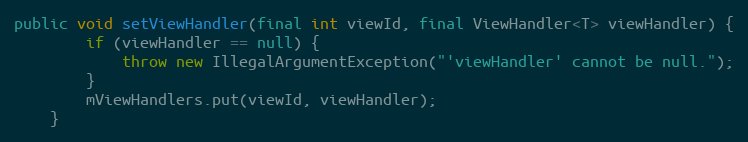
Language: Java
public void setViewHandler(final int viewId, final ViewHandler<T> viewHandler) {
        if (viewHandler == null) {
            throw new IllegalArgumentException("'viewHandler' cannot be null.");
        }
        mViewHandlers.put(viewId, viewHandler);
    }